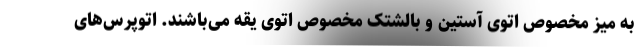
به میز مخصوص اتوی آستین و بالشتک مخصوص اتوی یقه می‌باشند. اتوپرس‌های